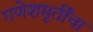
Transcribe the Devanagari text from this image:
गणेशमूर्तींचा